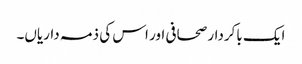
ایک باکردار صحافی اور اس کی ذمہ داریاں۔